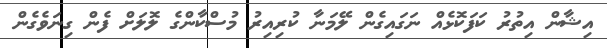
އިޝާން އިތުރު ކަފަކޮޅެއް ނަގައިގެން ލޭމަނާ ކުރިއިރު މުސްކާންގެ ލޮލަށް ފެން ގިނަވެގެން